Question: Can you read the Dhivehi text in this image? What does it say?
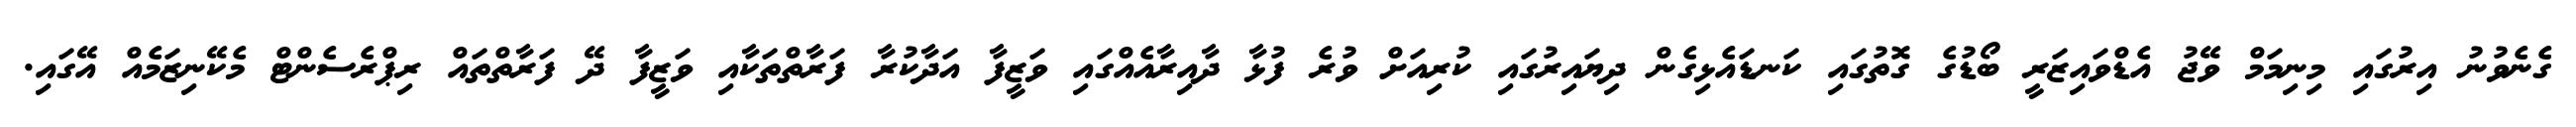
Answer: ގެނެވުނު އިރުގައި މިނިމަމް ވޭޖު އެޑްވައިޒަރީ ބޯޑުގެ ގޮތުގައި ކަނޑައެޅިގެން ދިޔައިރުގައި ކުރިއަށް ވުރެ ފުޅާ ދާއިރާއެއްގައި ވަޒީފާ އަދާކުރާ ފަރާތްތަކާއި ވަޒީފާ ދޭ ފަރާތްތައް ރިޕްރެސެންޓް މެކޭނިޒަމެއް އޭގައި.